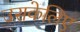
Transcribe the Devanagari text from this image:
उसकेलिए